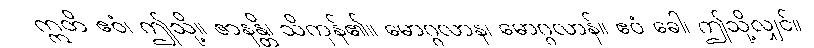
ဣတိ ဧဝံ၊ ဤသို့။ ဇာနန္တိ၊ သိကုန်၏။ မောဂ္ဂလာန၊ မောဂ္ဂလာန်။ ဧဝံ ခေါ၊ ဤသို့လျှင်။